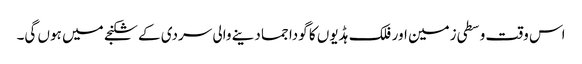
اس وقت وسطی زمین اور فلک ہڈیوں کا گودا جما دینے والی سردی کے شکنجے میں ہوں گی۔